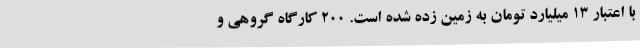
با اعتبار 13 میلیارد تومان به زمین زده شده است. 200 کارگاه گروهی و